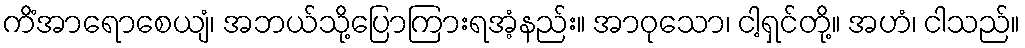
ကိံအာရောစေယျံ၊ အဘယ်သို့ပြောကြားရအံ့နည်း။ အာဝုသော၊ ငါ့ရှင်တို့။ အဟံ၊ ငါသည်။